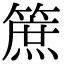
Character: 䉀